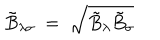
\tilde { B } _ { \lambda \sigma } ~ = ~ \sqrt { \tilde { B } _ { \lambda } \tilde { B } _ { \sigma } }